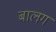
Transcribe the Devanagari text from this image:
बालग